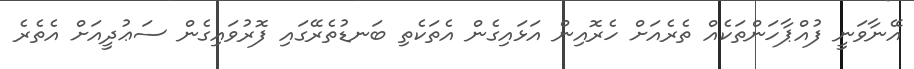
އޭނާވަނީ ފުއްޕާހަންތަކެއް ތެރެއަށް ހެރޮއިން އަޅައިގެން އެތަކެތި ބަނޑުތެރޭގައި ފޮރުވައިގެން ސަޢުދީއަށް އެތެރެ